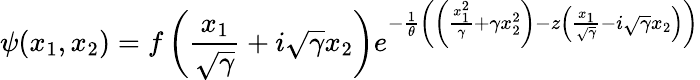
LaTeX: \psi(x_{1},x_{2})=f\left(\frac{x_{1}}{\sqrt{\gamma}}+i\sqrt{\gamma}x_{2}\right)e^{-\frac{1}{\theta}\left(\left(\frac{x_{1}^{2}}{\gamma}+\gamma x_{2}^{2}\right)-z\left(\frac{x_{1}}{\sqrt{\gamma}}-i\sqrt{\gamma}x_{2}\right)\right)}